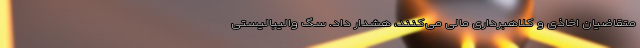
متقاضیان اخاذی و کلاهبرداری مالی می‌کنند، هشدار داد. سگ والیبالیستی